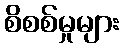
စိစစ်မှုများ